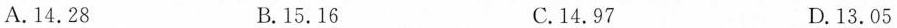
A.14.28 B.15.16 C.14.97 D.13.05